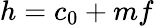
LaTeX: h=c_{0}+mf